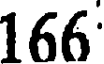
166